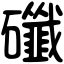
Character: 䃸